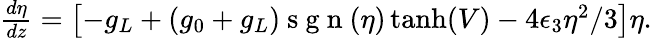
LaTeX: \begin{array}{r}{\frac{d\eta}{dz}=\left[-g_{L}+\left(g_{0}+g_{L}\right)\mathrm{~s~g~n~}(\eta)\operatorname{tanh}(V)-4\epsilon_{3}\eta^{2}/3\right]\eta.}\end{array}